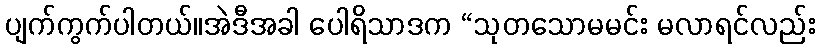
ပျက်ကွက်ပါတယ်။အဲဒီအခါ ပေါရိသာဒက “သုတသောမမင်း မလာရင်လည်း